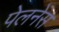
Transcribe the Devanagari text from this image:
पेलनेस